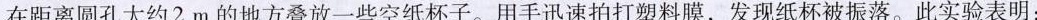
在距离圆孔大约2 m 的地方叠放一些空纸杯子。用手迅速拍打塑料膜，发现纸杯被振落。此实验表明：